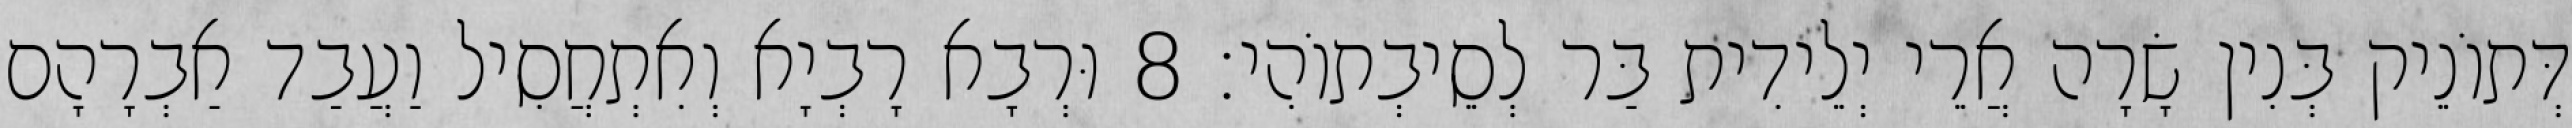
דְּתוֹנֵיק בְּנִין שָׂרָה אֲרֵי יְלֵידִית בַּר לְסֵיבְתוֹהִי׃ 8 וּרְבָא רָבְיָא וְאִתְחֲסִיל וַעֲבַד אַבְרָהָם